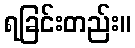
ရခြင်းတည်း။